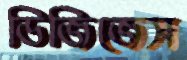
ডিজিজেস